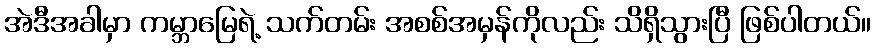
အဲဒီအခါမှာ ကမ္ဘာမြေရဲ့ သက်တမ်း အစစ်အမှန်ကိုလည်း သိရှိသွားပြီ ဖြစ်ပါတယ်။